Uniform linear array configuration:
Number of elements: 32
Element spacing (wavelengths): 1
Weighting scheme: binomial
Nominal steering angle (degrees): -30
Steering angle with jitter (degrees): -30.629
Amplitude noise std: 0.05
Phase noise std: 0.05

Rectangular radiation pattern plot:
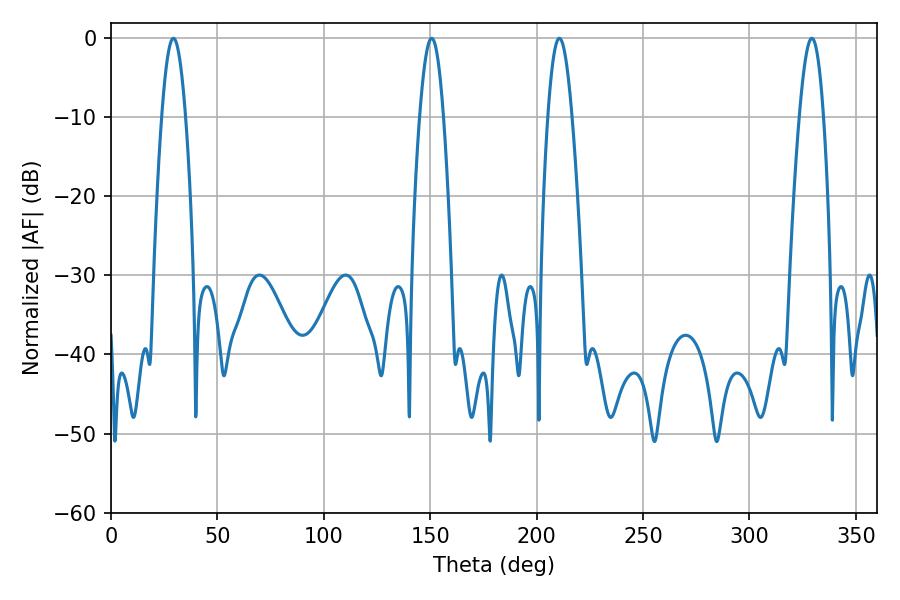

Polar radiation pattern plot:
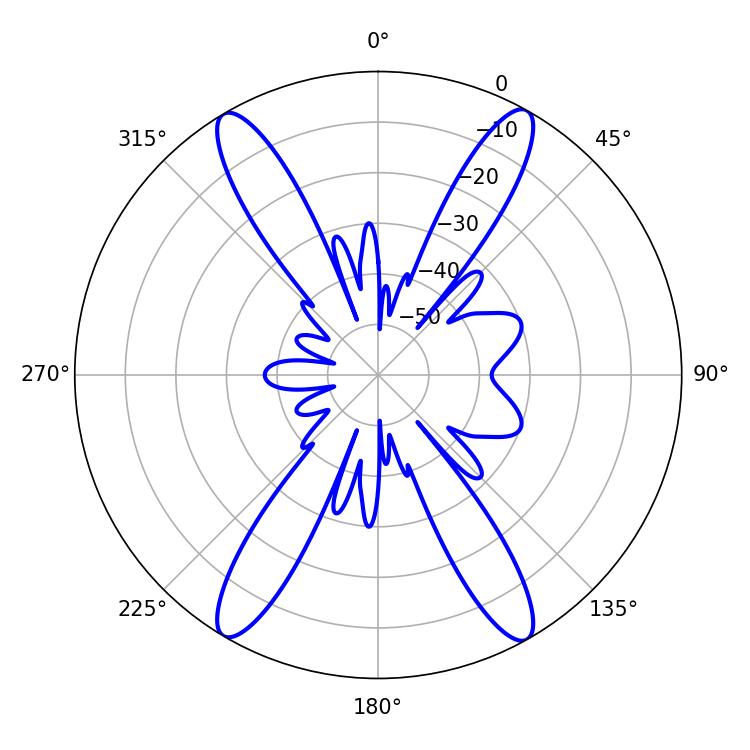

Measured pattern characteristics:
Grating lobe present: TRUE
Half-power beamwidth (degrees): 6.12
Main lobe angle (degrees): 29.34